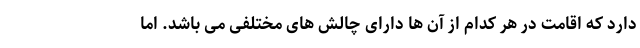
دارد که اقامت در هر کدام از آن ها دارای چالش های مختلفی می باشد. اما